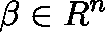
\mathbf { \beta } \in \mathbb { R } ^ { n }